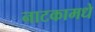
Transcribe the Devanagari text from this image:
नाटकामधे